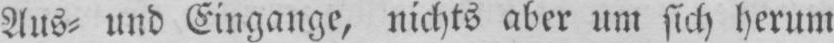
Aus⸗ und Eingange, nichts aber um sich herum